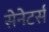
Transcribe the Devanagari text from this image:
सेनेटर्स